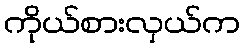
ကိုယ်စားလှယ်က